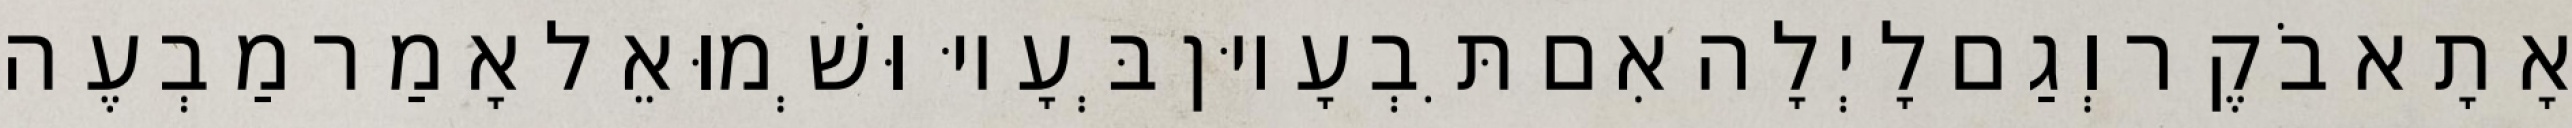
אָתָא בֹקֶר וְגַם לָיְלָה אִם תִּבְעָיוּן בְּעָיוּ וּשְׁמוּאֵל אָמַר מַבְעֶה